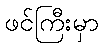
ဖင်ကြီးမှာ